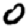
Digit: 0